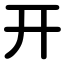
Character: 开